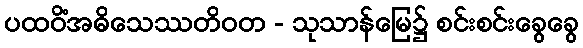
ပထဝိံအဓိသေဿတိဝတ - သုသာန်မြေ၌ စင်းစင်းခွေခွေ